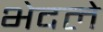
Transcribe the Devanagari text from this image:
भेदले